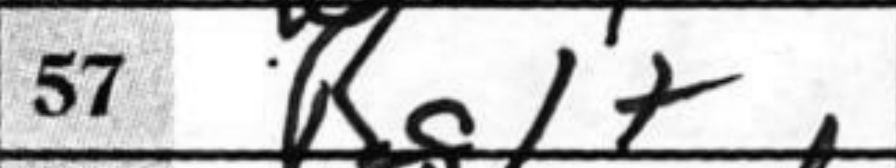
Transcription: Rg1+